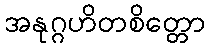
အနုဂ္ဂဟိတစိတ္တော